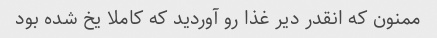
ممنون که انقدر دیر غذا رو آوردید که کاملا یخ شده بود